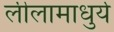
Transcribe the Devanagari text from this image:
लीलामाधुर्य